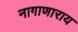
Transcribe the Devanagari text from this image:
नागाणाराय